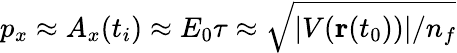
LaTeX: p_{x}\approx A_{x}(t_{i})\approx E_{0}\tau\approx\sqrt{|V(\mathbf{r}(t_{0}))|/n_{f}}